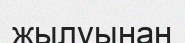
жылуынан